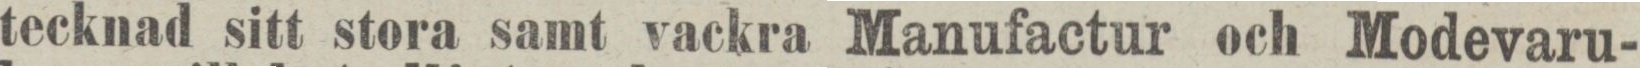
tecknad sitt stora samt vackra Manufactur och Modevaru-